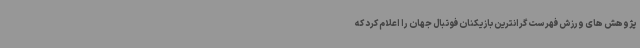
پژوهش های ورزش فهرست گرانترین بازیکنان فوتبال جهان را اعلام کرد که